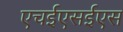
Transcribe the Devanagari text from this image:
एचईएसईएस